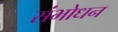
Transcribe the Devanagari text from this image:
संभोधन